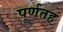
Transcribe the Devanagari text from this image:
पूर्णतह